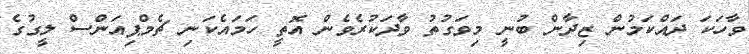
ވާހަކަ ދައްކަމުން ޒިދާން ބުނީ މިވަގުތު ވާދަކުރެވެން އޮތީ ހަމައެކަނި ޗެމްޕިއަންސް ލީގުގެ